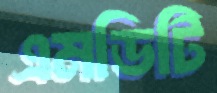
এমডিটি